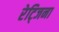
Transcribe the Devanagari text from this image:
रेट्जिना